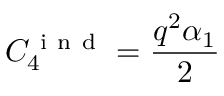
C _ { 4 } ^ { \mathrm { ~ i ~ n ~ d ~ } } = \frac { q ^ { 2 } \alpha _ { 1 } } { 2 }